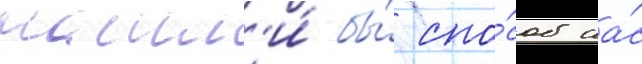
нашл'и́ бы́ спо́соб на́с